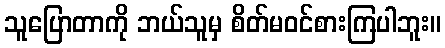
သူပြောတာကို ဘယ်သူမှ စိတ်မဝင်စားကြပါဘူး။